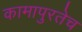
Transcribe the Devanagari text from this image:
कामापुरतेच